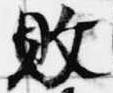
敗